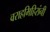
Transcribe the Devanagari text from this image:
वराहमिहिरांनी